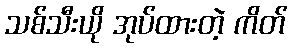
သစ်သီးယို အုပ်ထားတဲ့ ကိတ်